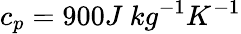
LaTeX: c_{p}=900J\ kg^{-1}K^{-1}